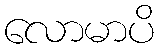
လောမာပိ